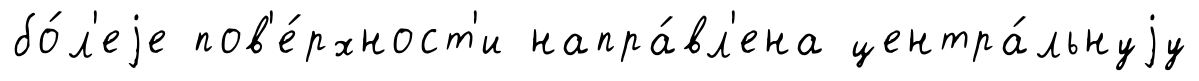
бо́л'еjе пов'е́рхност'и напра́вл'ена центра́льнуjу